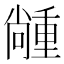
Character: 𡮵